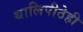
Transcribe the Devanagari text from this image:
थालिपीठेही